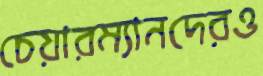
চেয়ারম্যানদেরও